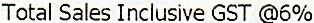
TOTAL SALES INCLUSIVE GST @6%